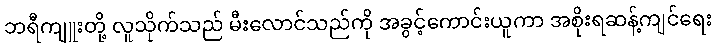
ဘရီကျူးတို့ လူသိုက်သည် မီးလောင်သည်ကို အခွင့်ကောင်းယူကာ အစိုးရဆန့်ကျင်ရေး